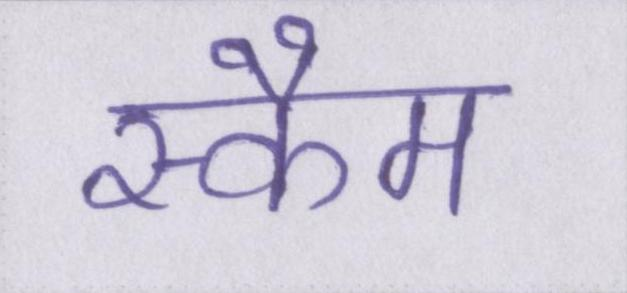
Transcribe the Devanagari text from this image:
स्कैम